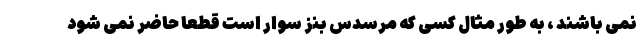
نمی باشند ، به طور مثال کسی که مرسدس بنز سوار است قطعا حاضر نمی شود